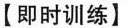
【即时训练】